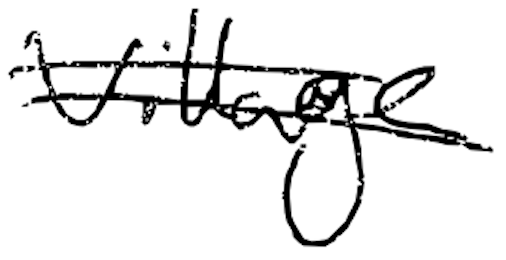
Text: village
Cross-out: mix
Writing tool: digital_black